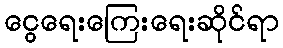
ငွေရေးကြေးရေးဆိုင်ရာ